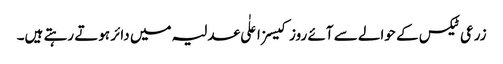
زرعی ٹیکس کے حوالے سے آئے روز کیسز اعلٰی عدلیہ میں دائر ہوتے رہتے ہیں۔